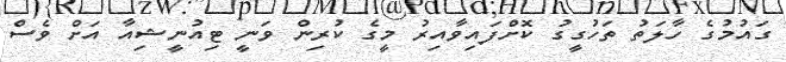
ގައުމުގެ ހާލަތު ތަހުގީގު ކޮށްފައިވާއިރު މީގެ ކުރިން ވަނީ ޓިއުނީޝިއާ އަށް ވެސް